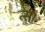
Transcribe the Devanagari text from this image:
त्स।